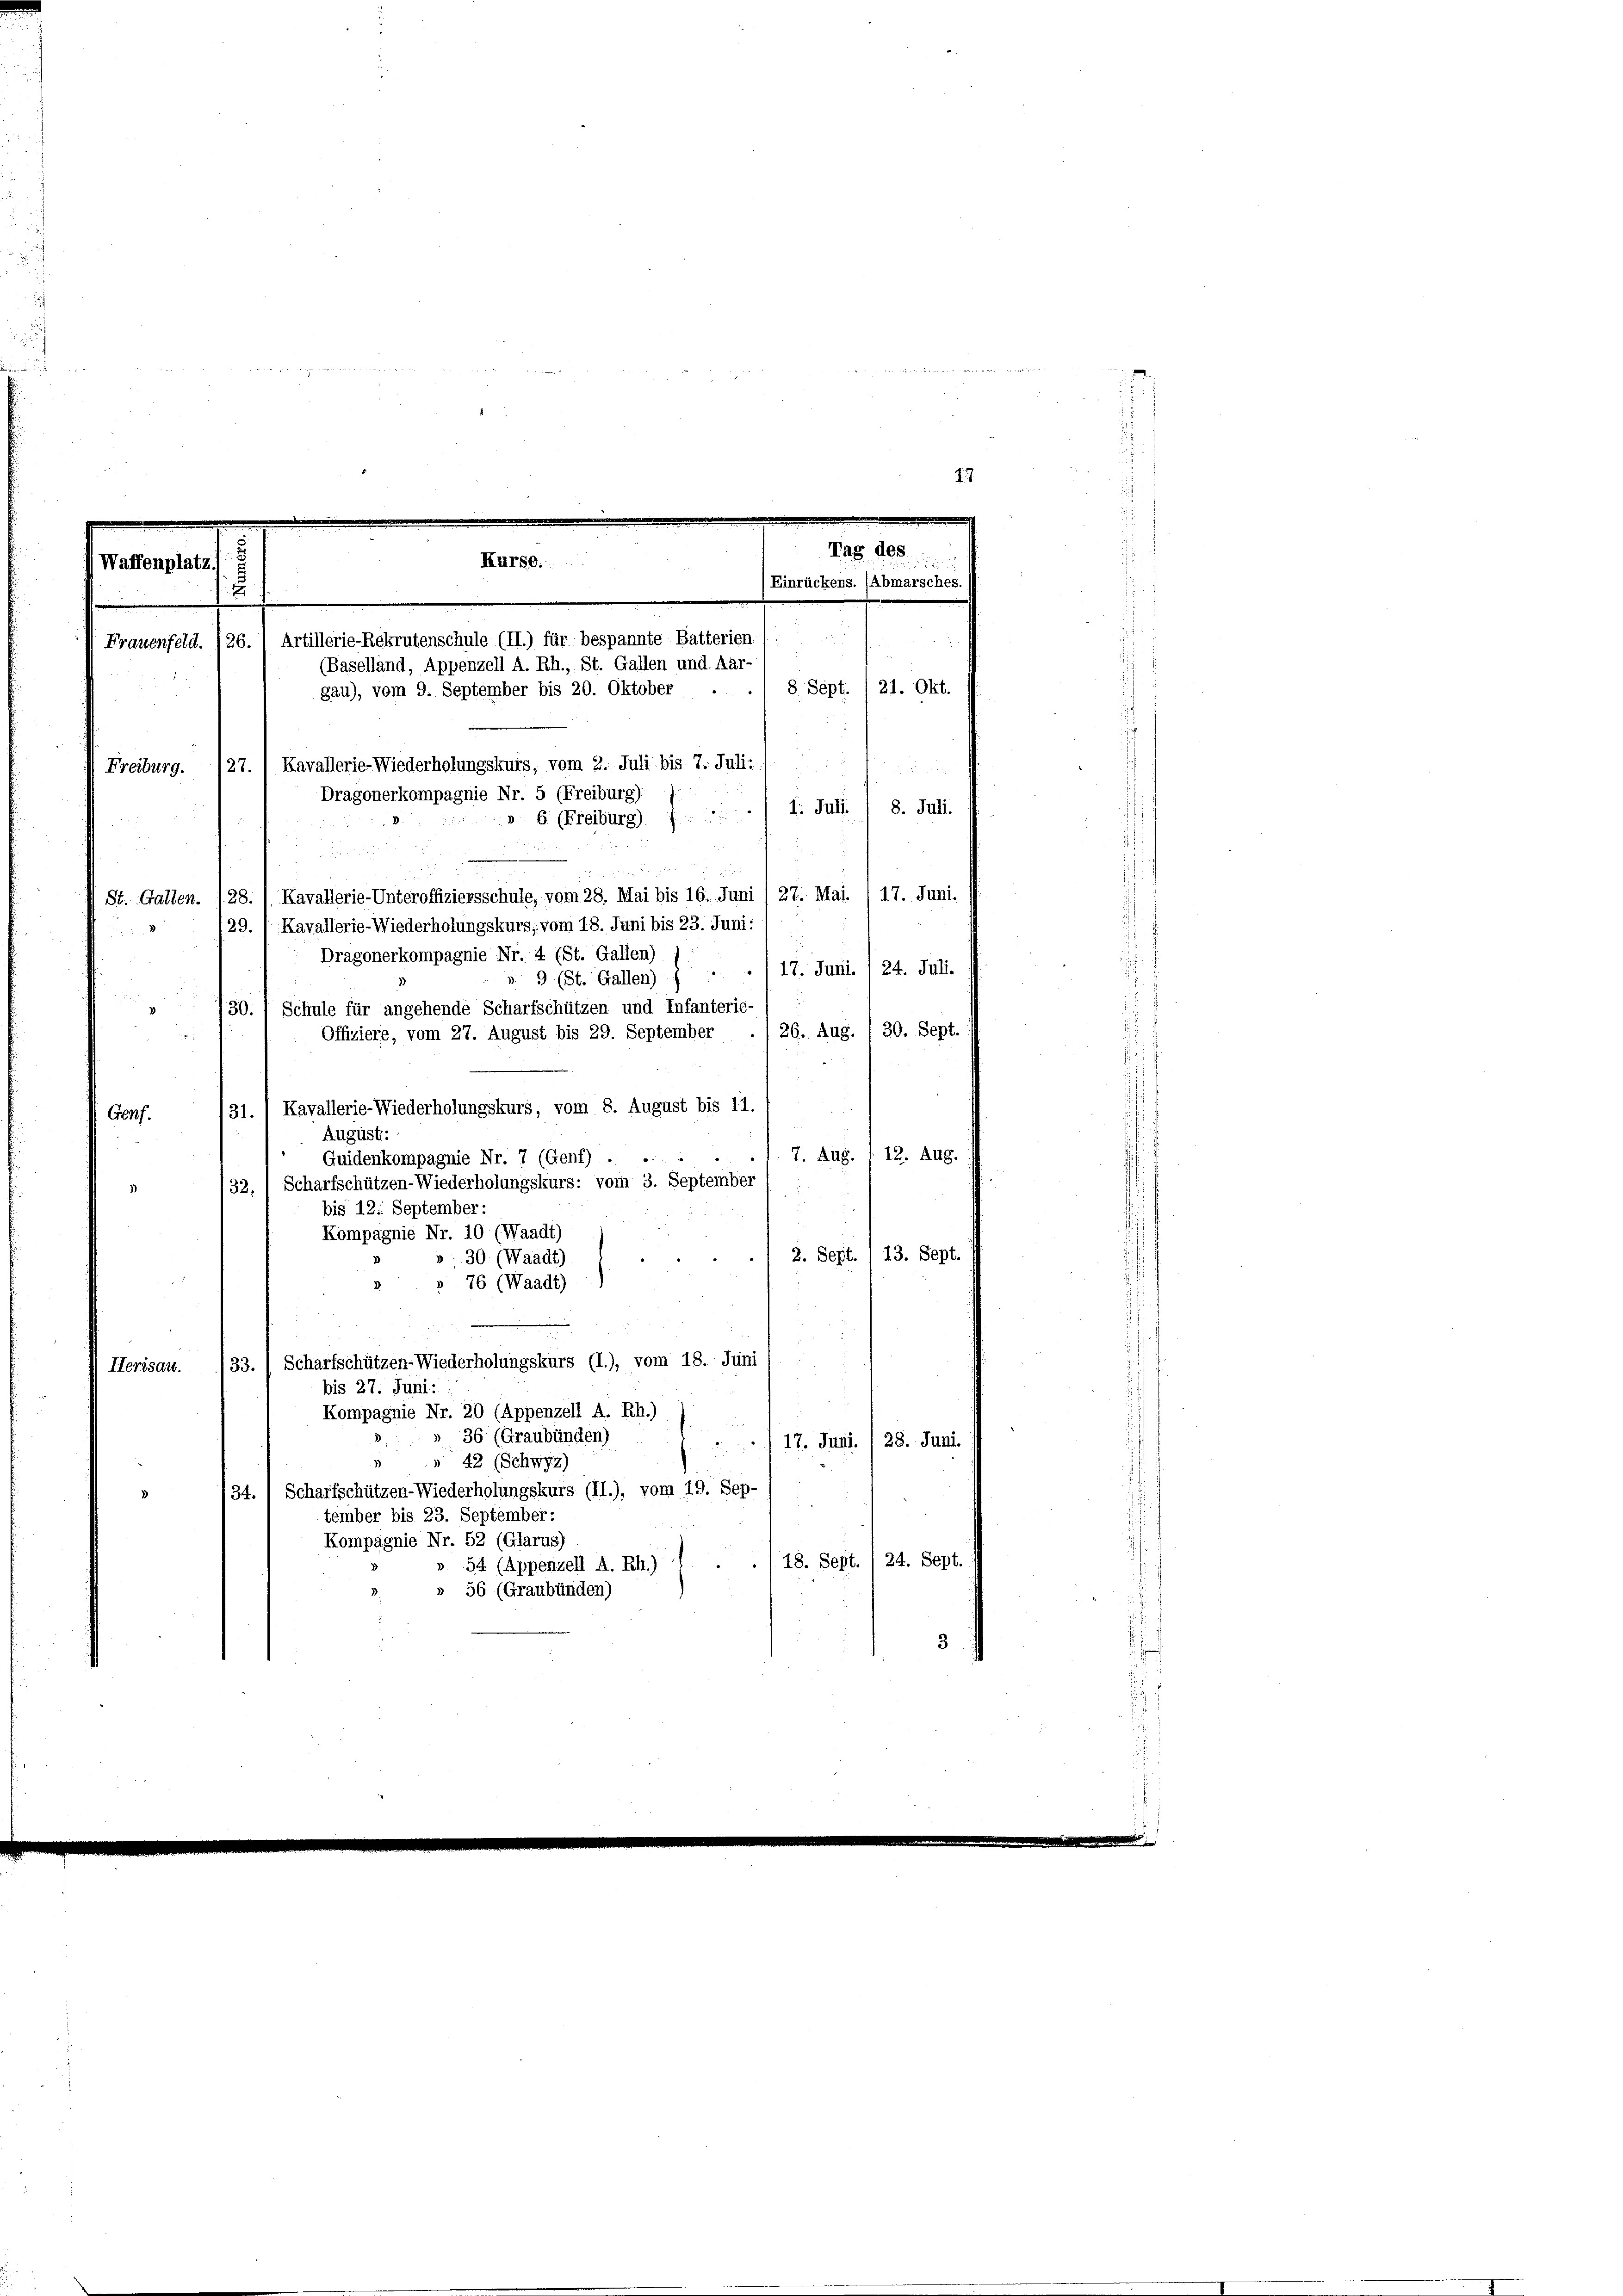
d
17

g
30. 1 Schule für angehende Scharfschützen und Infanterie-
Offiziere, vom 27. August bis 29. September ./ 26. Aug. / 30. Sept.
27 28
31. / Kavallerie-Wiederholungskurs, vom 8. August bis 11.
G64f.
August.
7. Aug. 112. Aug.
Quidenkompagnie Nr. 7 (Genf) .
» 132, 1 Scharfschützen-Wiederholungskurs: vom 3. September
bis 12. September:
Kompagnie Nr. 10 (Waadt)
2. Sept. / 13. Sept.
: 30. (Waadt)
» 76 (Waadt)
Scharfschützen-Wiederholungskurs (I.), vom 18. Juni
133.
Herisau.
bis 27. Juni:
Kompagnie Nr. 20 (Appenzell A. Rh.)
s
» 36 (Graubünden)
 17. Juni. /28. Juni.
1
 42 (Schwyz)
/34.) Scharfschützen-Wiederholungskurs (II.), vom 19. Sep-
tember bis 23. September:
Kompagnie Nr. 52 (Glarus)
18. Sept. 24. Sept.
». 54 (Appenzell A. Rh.)
» 56 (Graubünden)
3

Pag. Abs.
Kurse.
Vaffenplatz
Einrückens. (Abmarsches.
u
d
26.) Artillerie-Rekrutenschule (II.) für bespannte Batterien
Frauenfeld.
(Baselland, Appenzell A. Rh., St. Gallen und Aar
8 Sept./21. Okt.
gau), vom 9. September bis 20. Oktober
Freiburg. 127. 1 Kavallerie-Wiederholungskuis, vom 2. Juli bis 7. Juli:

Dragonerkompagnie Nr. 5 (Freiburg)
8. Juli.
I. Juli.
». 6 (Freiburg) J.

17. Juni.
St. Gallen. 128. / Kavallerie-Unteroffiziersschule, vom 28. Mai bis 16. Juni /27. Mai.
129. / Kavallerie-Wiederholungskurs, vom 18. Juni bis 23. Juni:
Dragonerkompagnie Nr. 4 (St. Gallen)
/17. Juni. / 24. Juli.
v 9 (St. Gallen)